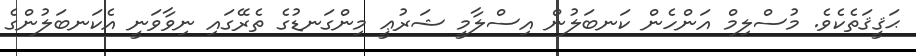
ޙަޤީޤަތެކެވެ. މުސްލިމް އަންހެން ކަނބަލުން އިސްލާމީ ޝަރުޢީ މިންގަނޑުގެ ތެރޭގައި ނިވާވަނީ އެކަނބަލުންގެ